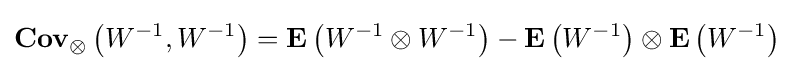
\mathbf {Cov} _{\otimes }\left(W^{-1},W^{-1}\right)=\mathbf {E} \left(W^{-1}\otimes W^{-1}\right)-\mathbf {E} \left(W^{-1}\right)\otimes \mathbf {E} \left(W^{-1}\right)